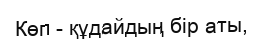
Көп - құдайдың бір аты,